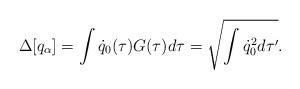
LaTeX: \begin{align*}\Delta[q_\alpha] = \int \dot q_0(\tau) G(\tau)d\tau = \sqrt{\int \dot q_0^2 d\tau'}.\end{align*}